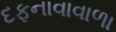
દફનાવાવાળા